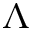
\boldsymbol { \Lambda }